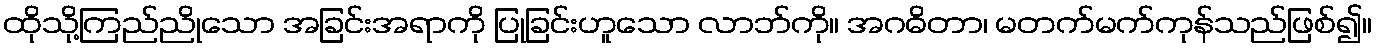
ထိုသို့ကြည်ညိုသော အခြင်းအရာကို ပြုခြင်းဟူသော လာဘ်ကို။ အဂဓိတာ၊ မတက်မက်ကုန်သည်ဖြစ်၍။